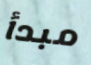
مبدأ